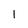
Character: I